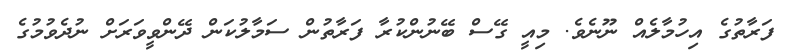
ފަރާތުގެ އިހުމާލެއް ނޫނެވެ. މިއީ ގޭސް ބޭނުންކުރާ ފަރާތުން ސަމާލުކަން ދޭންވީވަރަށް ނުދެވުމުގެ